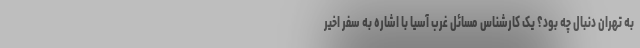
به تهران دنبال چه بود؟ یک کارشناس مسائل غرب آسیا با اشاره به سفر اخیر